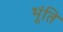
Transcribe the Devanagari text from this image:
भूंति